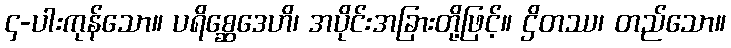
၄-ပါးကုန်သော။ ပရိစ္ဆေဒေဟိ၊ အပိုင်းအခြားတို့ဖြင့်။ ဌိတဿ၊ တည်သော။